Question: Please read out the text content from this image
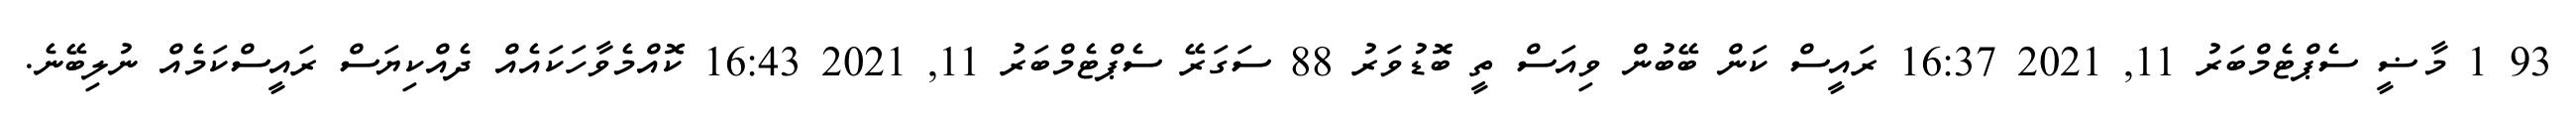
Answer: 93 1 މާޟީ ސެޕްޓެމްބަރު 11, 2021 16:37 ރައީސް ކަން ބޭބުން ވިއަސް ތީ ބޮޑުވަރު 88 ސަގަރޭ ސެޕްޓެމްބަރު 11, 2021 16:43 ކޮއްމެވާހަކައެއް ދެއްކިޔަސް ރައީސްކަމެއް ނުލިބޭނެ.